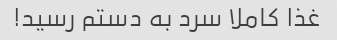
غذا کاملا سرد به دستم رسید!